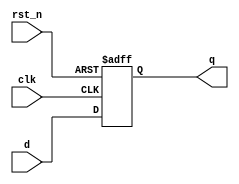
module D_flipflop (
  input clk, rst_n,
  input d,
  output reg q
  );
  
  always@(posedge clk or negedge rst_n) begin
    if(!rst_n) q <= 0;
    else       q <= d;
  end
  
endmodule

module tb;
  reg clk, rst_n;
  reg d;
  wire q;
  
  D_flipflop dff(clk, rst_n, d, q);
  
  always #2 clk = ~clk;
  initial begin
    clk = 0; rst_n = 0;
    d = 0;
    
    #3 rst_n = 1;
    
    repeat(6) begin
      d = $urandom_range(0, 1);
      #3;
    end
    rst_n = 0; #3;
    rst_n = 1;
    repeat(6) begin
      d = $urandom_range(0, 1);
      #3;
    end
    $finish;
  end
  
  initial begin
    $dumpfile("dump.vcd");
    $dumpvars(1);
  end
endmodule